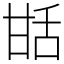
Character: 甛